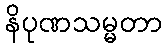
နိပုဏသမ္မတာ